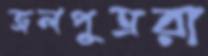
জলপুত্ররা